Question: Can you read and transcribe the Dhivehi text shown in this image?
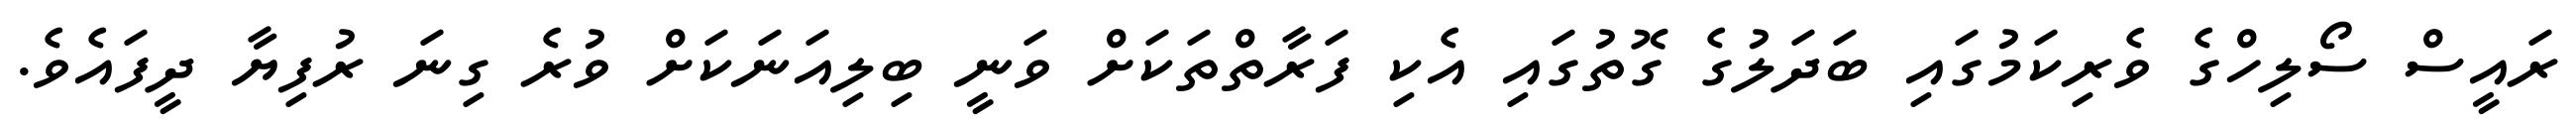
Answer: ރައީސް ސޯލިހްގެ ވެރިކަމުގައި ބަދަލުގެ ގޮތުގައި އެކި ފަރާތްތަކަށް ވަނީ ބިލިއަނަކަށް ވުރެ ގިނަ ރުފިޔާ ދީފައެވެ.